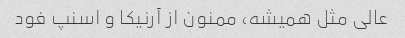
عالی مثل همیشه، ممنون از آرنیکا و اسنپ فود